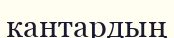
кантардың